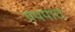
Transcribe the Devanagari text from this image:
प्रपपात